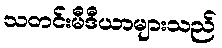
သတင်းမီဒီယာများသည်